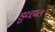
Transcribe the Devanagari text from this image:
डुव्हाल